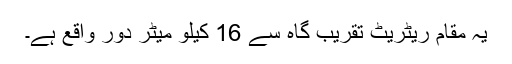
یہ مقام ریٹریٹ تقریب گاہ سے 16 کیلو میٹر دور واقع ہے۔